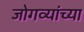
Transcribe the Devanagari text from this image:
जोगव्यांच्या